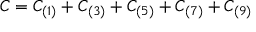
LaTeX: C = C _ { ( 1 ) } + C _ { ( 3 ) } + C _ { ( 5 ) } + C _ { ( 7 ) } + C _ { ( 9 ) }